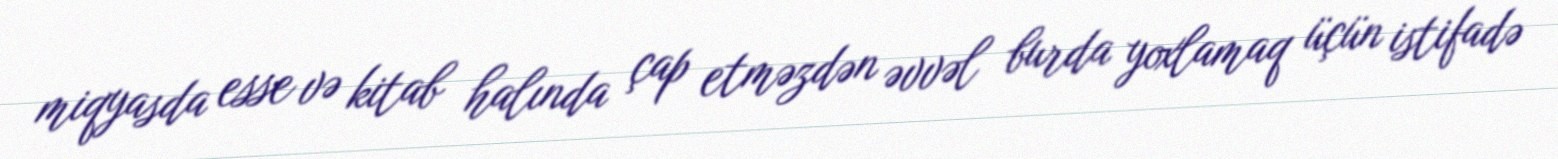
miqyasda esse və kitab halında çap etməzdən əvvəl burda yoxlamaq üçün istifadə